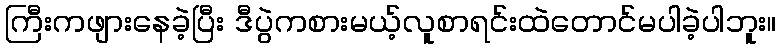
ကြီးကဖျားနေခဲ့ပြီး ဒီပွဲကစားမယ့်လူစာရင်းထဲတောင်မပါခဲ့ပါဘူး။